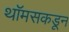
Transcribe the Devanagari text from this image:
थॉमसकडून